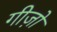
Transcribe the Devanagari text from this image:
गीज़ो